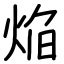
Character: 焔